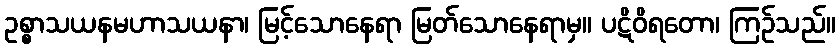
ဥစ္စာသယနမဟာသယနာ၊ မြင့်သောနေရာ မြတ်သောနေရာမှ။ ပဋိဝိရတော၊ ကြဉ်သည်။